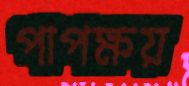
পাপক্ষয়